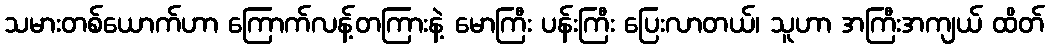
သမားတစ်ယောက်ဟာ ကြောက်လန့်တကြားနဲ့ မောကြီး ပန်းကြီး ပြေးလာတယ်၊ သူဟာ အကြီးအကျယ် ထိတ်